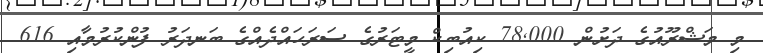
މި މަޝްރޫއުގެ ދަށުން 78